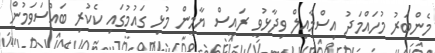
މެންބަރު މުހައްމަދު އިސްމާއިލް ވިދާޅުވީ ރައީސް ޔާމީން މުޅި ގައުމުގައި ކެކުރި ބައްސަވަމުން